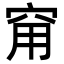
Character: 𥥝